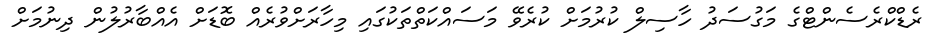
ރެޑްކްރެސެންޓްގެ މަގުސަދު ހާސިލް ކުރުމަށް ކުރެވޭ މަސައްކަތްތަކުގައި މިހާރަށްވުރެއް ބޮޑަށް އެއްބާރުލުން ދިނުމަށް